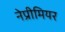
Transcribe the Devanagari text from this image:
नेप्रीमियर